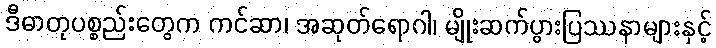
ဒီဓာတုပစ္စည်းတွေက ကင်ဆာ၊ အဆုတ်ရောဂါ၊ မျိုးဆက်ပွားပြဿနာများနှင့်